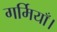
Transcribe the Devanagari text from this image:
गर्मियाँ।